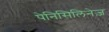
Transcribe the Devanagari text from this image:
पेनिसिलिनेज़